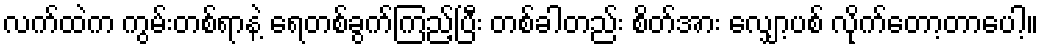
လက်ထဲက ကွမ်းတစ်ရာနဲ့ ရေတစ်ခွက်ကြည့်ပြီး တစ်ခါတည်း စိတ်အား လျှော့ပစ် လိုက်တော့တာပေါ့။